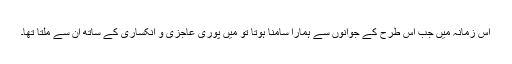
اس زمانہ میں جب اس طرح کے جوانوں سے ہمارا سامنا ہوتا تو میں پوری عاجزی و انکساری کے ساتھ ان سے ملتا تھا۔